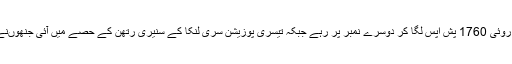
چائنا کے سولجر ہوروئی روئی 1760 پش اپس لگا کر دوسرے نمبر پر رہے جبکہ تیسری پوزیشن سری لنکا کے سنیری رتھن کے حصے میں آئی جنھوںنے 1681 پش اپس لگائے۔